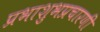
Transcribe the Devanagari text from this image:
प्रभाशुभप्रचारणी